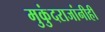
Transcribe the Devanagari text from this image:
मुकुंदराजांनीही